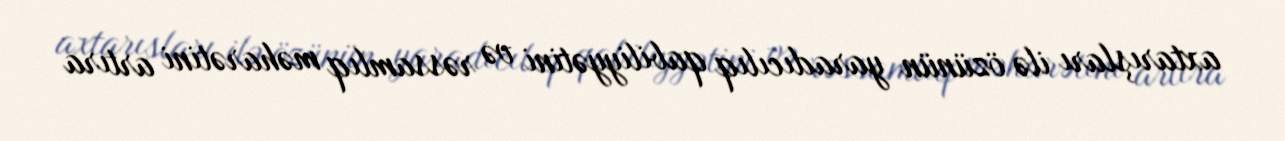
axtarışları ilə özünün yaradıcılıq qabiliyyətini və rəssamlıq məharətini artıra